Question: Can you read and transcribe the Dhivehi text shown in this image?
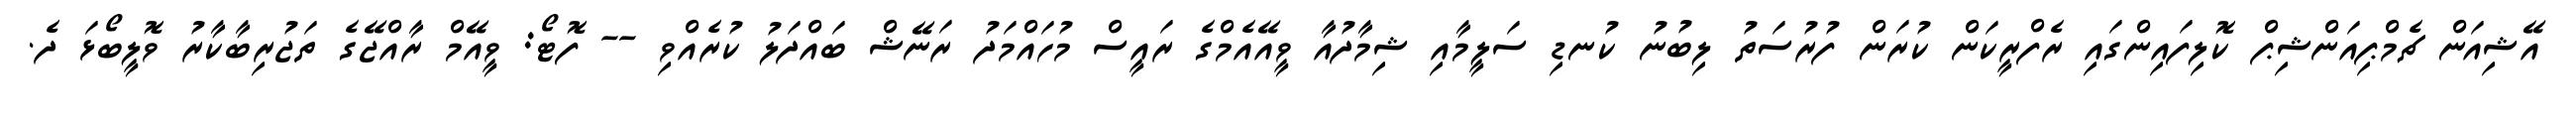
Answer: އޭޝިއަން ޗެމްޕިއަންޝިޕް ކޮލިފައިންގައި ރެފްރީކަން ކުރަން ފުރުސަތު ލިބުނު ކުނޑި ސަލީމާއި ޝިމާދުއާ ވީއޭއެމްގެ ރައީސް މުހައްމަދު ރަނޭޝް ބައްދަލު ކުރެއްވި -- ފޮޓޯ: ވީއޭމް ރާއްޖޭގެ ތަޖުރިބާކާރު ވޮލީބޯޅަ ދެ.